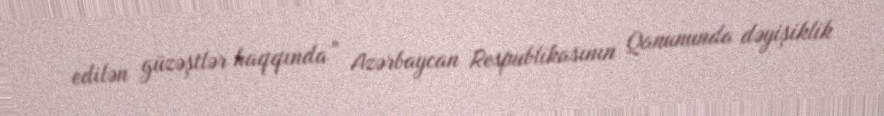
edilən güzəştlər haqqında” Azərbaycan Respublikasının Qanununda dəyişiklik